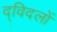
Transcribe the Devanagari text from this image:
द्विदलों